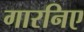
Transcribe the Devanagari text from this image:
गारनिए